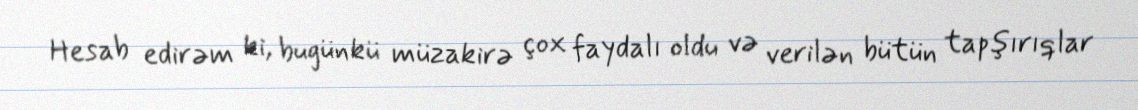
Hesab edirəm ki, bugünkü müzakirə çox faydalı oldu və verilən bütün tapşırıqlar